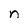
Character: n